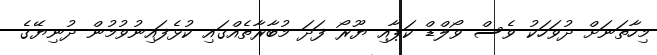
މިހާތަނަށް ދުވަހަކު ވެސް ވޯލްޑް ކަޕާއި ޔޫރޯ ފަދަ މުބާރާތެއްގައި ކުޅެފައިނުވުމުން ދުނިޔޭގެ